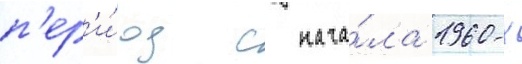
п'ер'и́од с нача́ла 1960-х